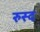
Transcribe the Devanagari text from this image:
रुस्द